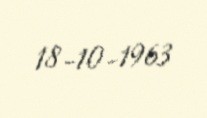
18-10-1963